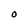
Character: O